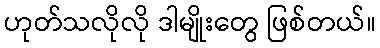
ဟုတ်သလိုလို ဒါမျိုးတွေ ဖြစ်တယ်။